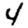
Digit: 4